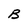
Character: B